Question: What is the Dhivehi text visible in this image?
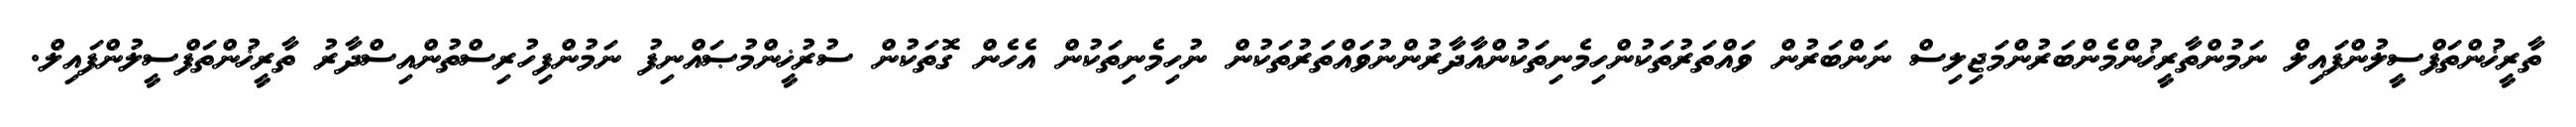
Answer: ތާރީޚުންތަފްސީލުންފައިލް ނަމުންތާރީޚުންމެންބަރުންމަޖިލިސް ނަންބަރުން ވައްތަރުތަކުންހިމެނިތަކުންއާދާރުންނުވައްތަރުތަކުން ނުހިމެނިތަކުން އެހެން ގޮތަކުން ސުރުޚީންމުޞައްނިފު ނަމުންފިހުރިސްތުންއިސްދާރު ތާރީޚުންތަފްސީލުންފައިލް.